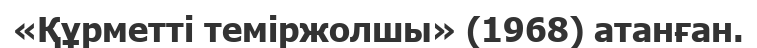
«Құрметті теміржолшы» (1968) атанған.